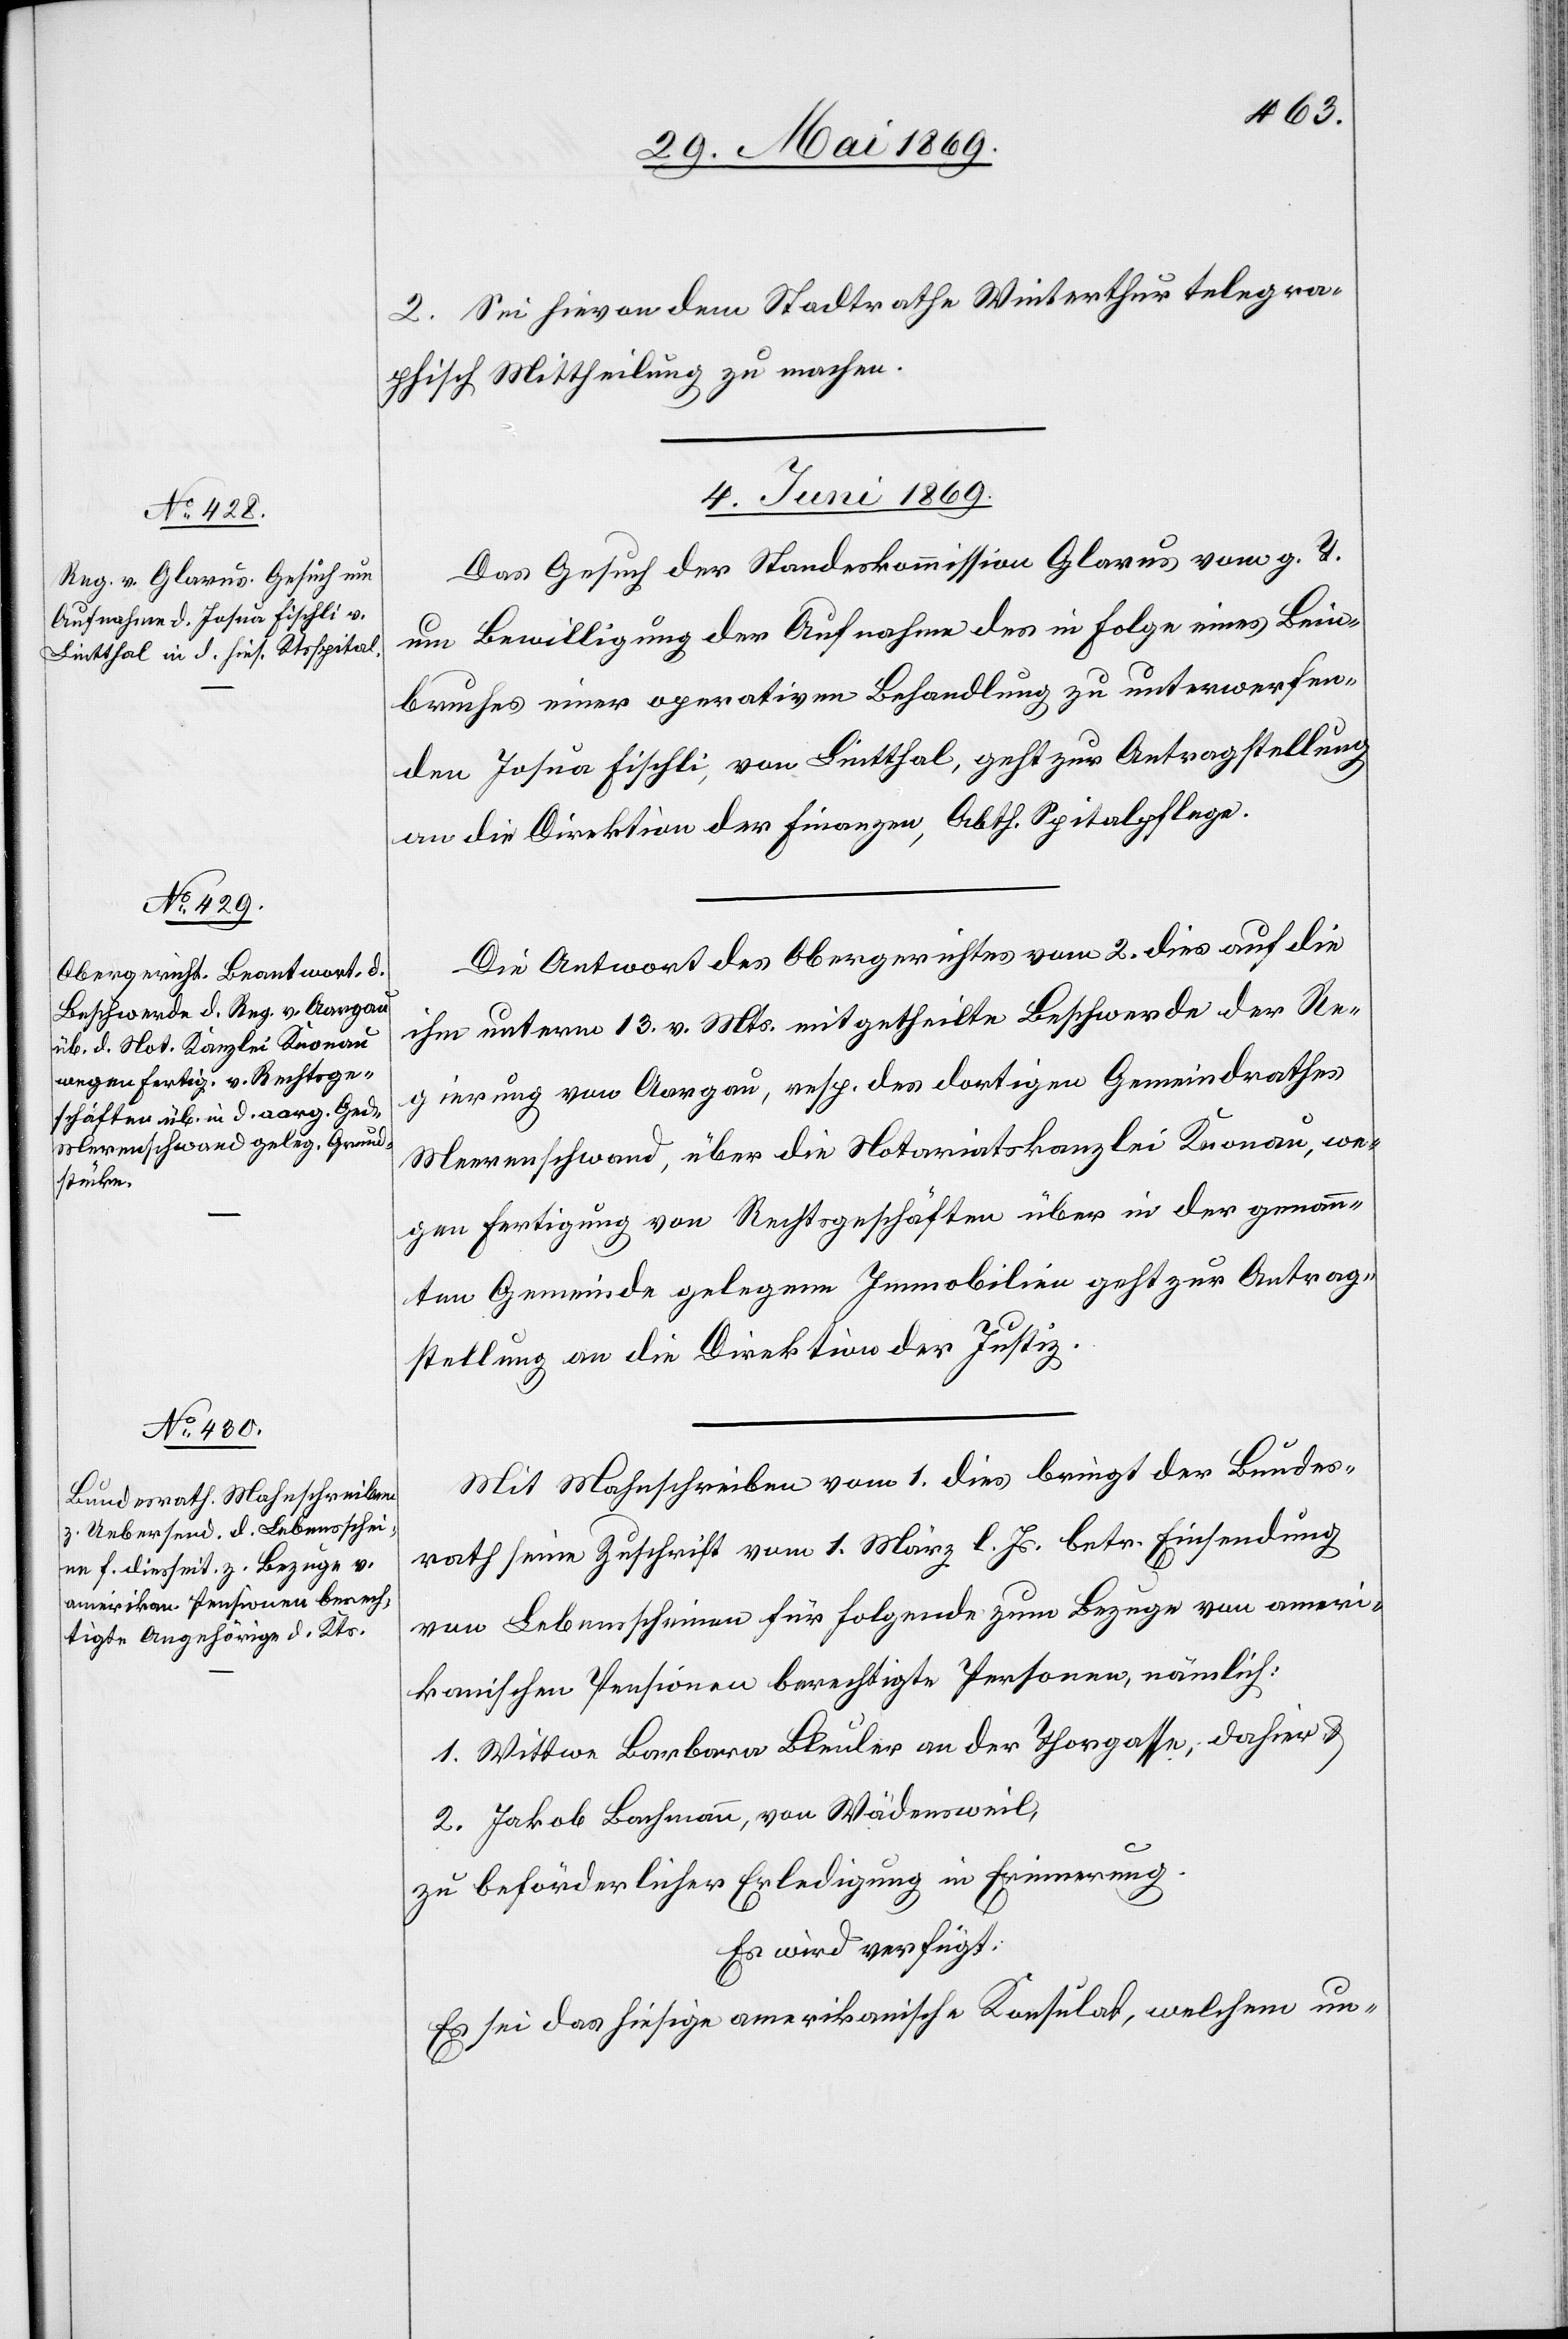
2. Sei hievon dem Stadtrathe Winterthur telegra¬
phisch Mittheilung zu machen.
4. Juni 1869.]
Das Gesuch der Standeskommission Glarus vom g. T.
um Bewilligung der Aufnahme des in Folge eines Bein¬
bruches einer operativen Behandlung zu unterwerfen¬
den Josua Fischli, von Lintthal, geht zur Antragstellung
an die Direktion der Finanzen, Abth. Spitalpflege.
Die Antwort des Obergerichtes vom 2. dies auf die
ihm unterm 13. v. Mts. mitgetheilte Beschwerde der Re¬
gierung von Aargau, resp. des dortigen Gemeindrathes
Merenschwand, über die Notariatskanzlei bei Knonau, we¬
gen Fertigung von Rechtsgeschäften über in der genann¬
ten Gemeinde gelegene Immobilien geht zur Antrag¬
stellung an die Direktion der Justiz.
Mit Mahnschreiben vom 1. dies bringt der Bundes¬
rath seine Zuschrift vom 1. März l. Js. betr. Einsendung
von Lebensscheinen für folgende zum Bezuge von ameri¬
kanischen Pensionen berechtigte Personen, nämlich:
1. Wittwe Barbara Bleuler an der Thorgasse; dahier u.
2. Jakob Bachmann, von Wädensweil,
zu beförderlicher Erledigung in Erinnerung.
Es wird verfügt:
Es sei das hiesige amerikanische Konsulat, welchem un-